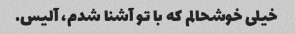
خیلی خوشحالم که با تو آشنا شدم، آلیس.